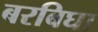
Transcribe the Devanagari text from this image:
बरबिघा